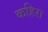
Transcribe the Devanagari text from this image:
कहिरा